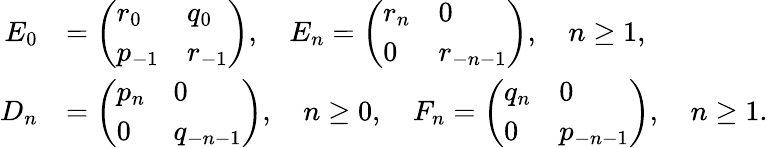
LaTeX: \begin{array}{rl}{E_{0}}&{=\left(\begin{array}{ll}{r_{0}}&{q_{0}}\\ {p_{-1}}&{r_{-1}}\end{array}\right),\quad E_{n}=\left(\begin{array}{ll}{r_{n}}&{0}\\ {0}&{r_{-n-1}}\end{array}\right),\quad n\geq 1,}\\ {D_{n}}&{=\left(\begin{array}{ll}{p_{n}}&{0}\\ {0}&{q_{-n-1}}\end{array}\right),\quad n\geq 0,\quad F_{n}=\left(\begin{array}{ll}{q_{n}}&{0}\\ {0}&{p_{-n-1}}\end{array}\right),\quad n\geq 1.}\end{array}